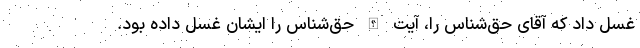
غسل داد که آقای حق‌شناس را، آیت الله حق‌شناس را ایشان غسل داده بود.